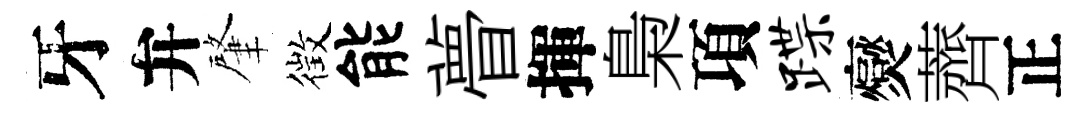
牙弁肇徴能瞢揮梟項蹀爕薺正